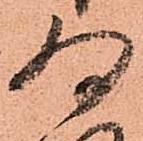
為